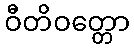
ဝီတိဝတ္တော